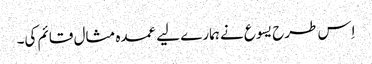
‏ اِس طرح یسوع نے ہمارے لیے عمدہ مثال قائم کی۔